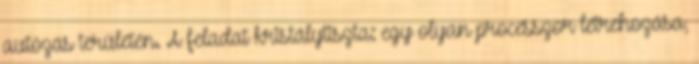
autózás területén. A feladat kristálytiszta: egy olyan processzor létrehozása,